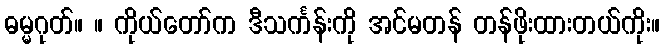
ဓမ္မဂုတ်။ ။ ကိုယ်တော်က ဒီသင်္ကန်းကို အင်မတန် တန်ဖိုးထားတယ်ကိုး။